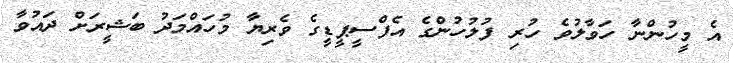
އެ މީހުންނާ ހަވާލުވެ ހުރި ފުލުހުންގެ އެފްސީޕީޑީގެ ވެރިޔާ މުހައްމަދު ބަޝީރަށް ދައުވާ